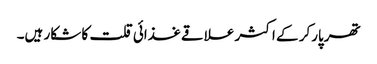
تھرپارکر کے اکثر علاقے غذائی قلت کا شکار ہیں۔